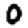
Digit: 0